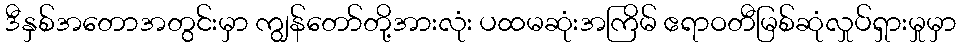
ဒီနှစ်အတောအတွင်းမှာ ကျွန်တော်တို့အားလုံး ပထမဆုံးအကြိမ် ဧရာဝတီမြစ်ဆုံလှုပ်ရှားမှုမှာ